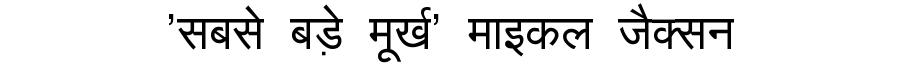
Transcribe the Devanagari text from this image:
'सबसे बड़े मूर्ख' माइकल जैक्सन